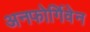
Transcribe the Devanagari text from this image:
अनफोर्गिवेन